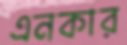
এনকার